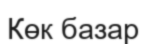
Көк базар​